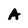
Character: A